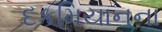
દકમિયાનના